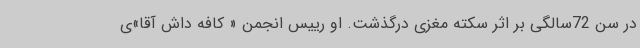
در سن 72سالگی بر اثر سکته مغزی درگذشت. او رییس انجمن « کافه داش آقا»ی